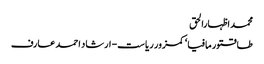
محمد اظہارالحق
طاقتور مافیا‘ کمزور ریاست- ارشاد احمد عارف